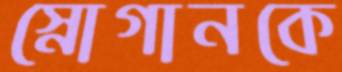
স্নোগানকে